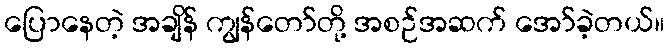
ပြောနေတဲ့ အချိန် ကျွန်တော်တို့ အစဉ်အဆက် အော်ခဲ့တယ်။